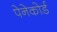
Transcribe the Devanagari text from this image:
पेनेकोर्ड